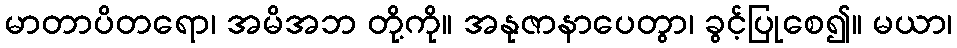
မာတာပိတရော၊ အမိအဘ တို့ကို။ အနုဇာနာပေတွာ၊ ခွင့်ပြုစေ၍။ မယာ၊